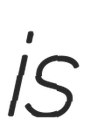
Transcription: is